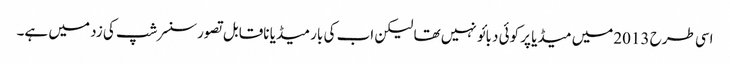
اسی طرح 2013میں میڈیا پر کوئی دبائو نہیں تھا لیکن اب کی بار میڈیا ناقابل تصورسنسرشپ کی زد میں ہے۔